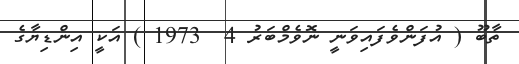
ތާބޫ ( އުފަންވެފައިވަނީ ނޮވެމްބަރު 4  1973 ) އަކީ އިންޑިޔާގެ